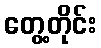
တွေ့တိုင်း